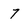
Character: 7